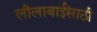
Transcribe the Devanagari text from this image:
लीलाबाईंसाठी